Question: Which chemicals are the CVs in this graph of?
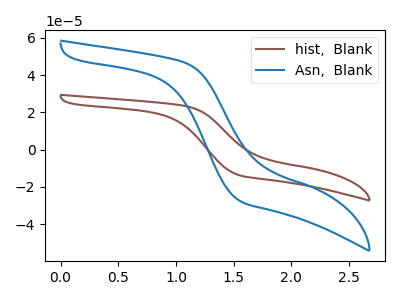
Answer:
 <answer>The brown curve is labeled "hist,  Blank". The blue curve is labeled "Asn,  Blank".</answer>
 <eval></eval>